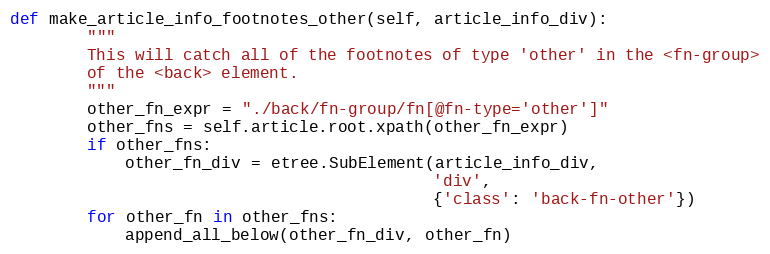
Language: Python
def make_article_info_footnotes_other(self, article_info_div):
        """
        This will catch all of the footnotes of type 'other' in the <fn-group>
        of the <back> element.
        """
        other_fn_expr = "./back/fn-group/fn[@fn-type='other']"
        other_fns = self.article.root.xpath(other_fn_expr)
        if other_fns:
            other_fn_div = etree.SubElement(article_info_div,
                                            'div',
                                            {'class': 'back-fn-other'})
        for other_fn in other_fns:
            append_all_below(other_fn_div, other_fn)